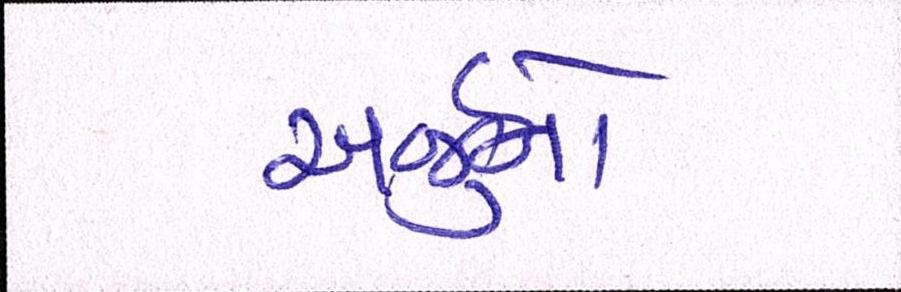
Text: અર્જુનો